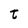
Character: t